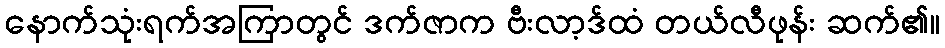
နောက်သုံးရက်အကြာတွင် ဒက်ဇာက ဗီးလာ့ဒ်ထံ တယ်လီဖုန်း ဆက်၏။